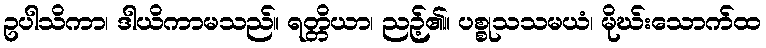
ဥပါသိကာ၊ ဒါယိကာမသည်။ ရတ္တိယာ၊ ညဉ့်၏။ ပစ္စုသသမယံ၊ မိုဃ်းသောက်ထ